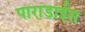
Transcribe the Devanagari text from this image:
पाराडाईस